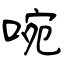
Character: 啘